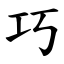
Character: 巧